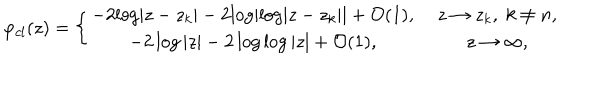
\varphi _ { c l } ( z ) = \left\{ \begin{array} { c c } { { - 2 { \log } | z - z _ { k } | - 2 { \log } | { \log } | z - z _ { k } | | + { \cal O } ( 1 ) , \; } } & { { z \to z _ { k } , \; k \ne n , } } \\ { { - 2 \log | z | - 2 \log \log | z | + { \cal O } ( 1 ) , \; } } & { { z \to \infty , } } \\ \end{array} \right.